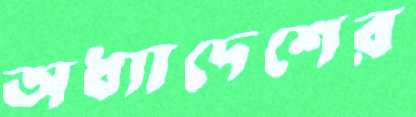
অধ্যাদেশের